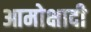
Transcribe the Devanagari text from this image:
आमोक्षादी